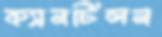
ক্যানটিলন